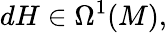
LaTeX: dH\in\Omega^{1}(M),